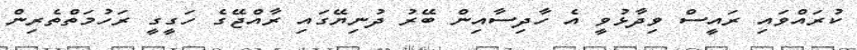
ކުރައްވައި ރައީސް ވިދާޅުވީ އެ ހާދިސާއިން ބޭރު ދުނިިޔޭގައި ރާއްޖޭގެ ހަގީގީ ރަހުމަތްތެރިން